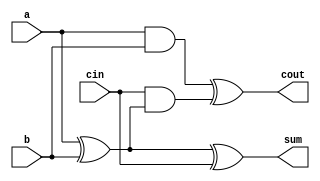
module fa(a, b, cin, sum, cout);
    input a, b, cin;
    output sum, cout;

    assign sum = a ^ b ^ cin;
    assign cout = (a&b)^(cin&(a^b));
endmodule // fa

// Simple n-bit ripple-carry adder
module fa_nbit(A, B, cin, Sum, cout);
    parameter WIDTH=32;
    input [0:(WIDTH-1)] A, B;
    input cin;
    output [0:(WIDTH-1)] Sum;
    output cout;

    // Carry will need WIDTH+1 bits total
    wire [0:(WIDTH)] carry;

    // Generate WIDTH full adders and wire them appropriately
    genvar i;
    generate
        for (i=0; i<WIDTH; i=i+1) begin: FA_NBIT
            // Carry-out of previous wired to carry-in of next
            // (MSB is 0, LSB is 31, carry[31] feeds cin[30])
            // This is an endianness issue.
            fa FA (
                .a(A[i]),
                .b(B[i]),
                .cin(carry[i+1]),
                .sum(Sum[i]),
                .cout(carry[i]));
        end
    endgenerate
    // cin & cout wiring
    assign cout = carry[0];
    assign carry[WIDTH] = cin;
endmodule

// Simple n-bit adder
module adder(A, B, cin, Sum, cout);
    parameter WIDTH=32;
    input [0:(WIDTH-1)] A, B;
    input cin;
    output [0:(WIDTH-1)] Sum;
    output cout;

		assign {cout, Sum} = A + B + cin;

endmodule